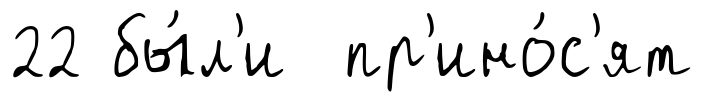
22 бы́л'и пр'ино́с'ят